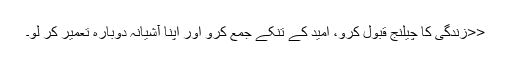
<<زندگی کا چیلنج قبول کرو، امید کے تنکے جمع کرو اور اپنا آشیانہ دوبارہ تعمیر کر لو۔